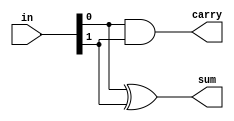
module half_adder(
    input [1:0] in, 
    output sum,
    output carry
);
    xor XOR_1(sum, in[0], in[1]);
    and AND_1(carry, in[0], in[1]);
endmodule